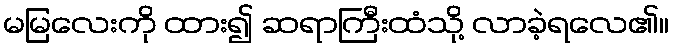
မမြလေးကို ထား၍ ဆရာကြီးထံသို့ လာခဲ့ရလေ၏။